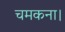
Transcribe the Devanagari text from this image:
चमकना।